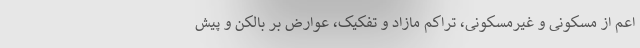
اعم از مسکونی و غیرمسکونی، تراکم مازاد و تفکیک، عوارض بر بالکن و پیش